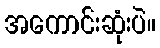
အကောင်းဆုံးပဲ။